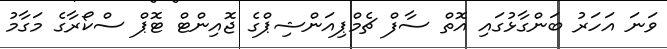
ވަނަ އަހަރު ބަންގާޅުގައި އޮތް ސާފް ޗެމްޕިއަންޝިޕްގެ ޖޮއިންޓް ޓޮޕް ސްކޯރާގެ މަގާމު